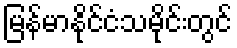
မြန်မာနိုင်ငံသမိုင်းတွင်